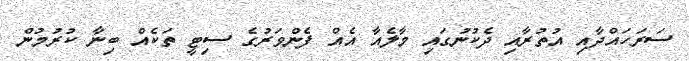
ސަރަހައްދާއި އުތުރާއި ދެކުނުގައި މާލެއާ އެއް ފެންވަރުގެ ސިޓީ ތަކެއް ބިނާ ކުރުމުން